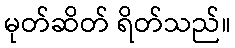
မုတ်ဆိတ် ရိတ်သည်။